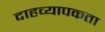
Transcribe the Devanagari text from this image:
दाहव्यापकता